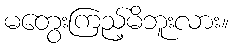
မတွေးကြည့်မိဘူးလား။